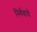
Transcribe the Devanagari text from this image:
निर्बंधाचें